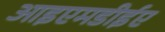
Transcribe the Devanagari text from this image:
आइएमडीईए